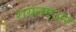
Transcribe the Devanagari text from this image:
रायनएअर